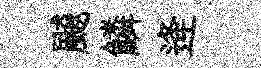
飇鱗逄